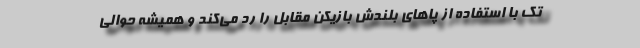
تک با استفاده از پاهای بلندش بازیکن مقابل را رد می‌کند و همیشه حوالی